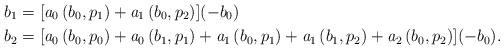
LaTeX: \begin{align*} b_1 &= [ \mathit{a}_0\left(b_0,p_1\right)+\mathit{a}_1\left(b_0,p_2\right)](-b_0)\\ b_2 &= [\mathit{a}_0\left(b_0,p_0\right)+\mathit{a}_0\left(b_1,p_1\right)+\mathit{a}_1\left(b_0,p_1\right)+\mathit{a}_1\left(b_1,p_2\right)+\mathit{a}_2\left(b_0,p_2\right)] (-b_0).\end{align*}